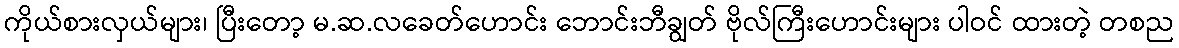
ကိုယ်စားလှယ်များ၊ ပြီးတော့ မ.ဆ.လခေတ်ဟောင်း ဘောင်းဘီချွတ် ဗိုလ်ကြီးဟောင်းများ ပါဝင် ထားတဲ့ တစည